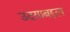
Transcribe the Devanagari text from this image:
उदयाबद्दल